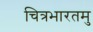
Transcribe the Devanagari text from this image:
चित्रभारतमु